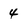
Character: 4